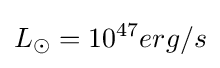
L_{\odot }=10^{47}erg/s